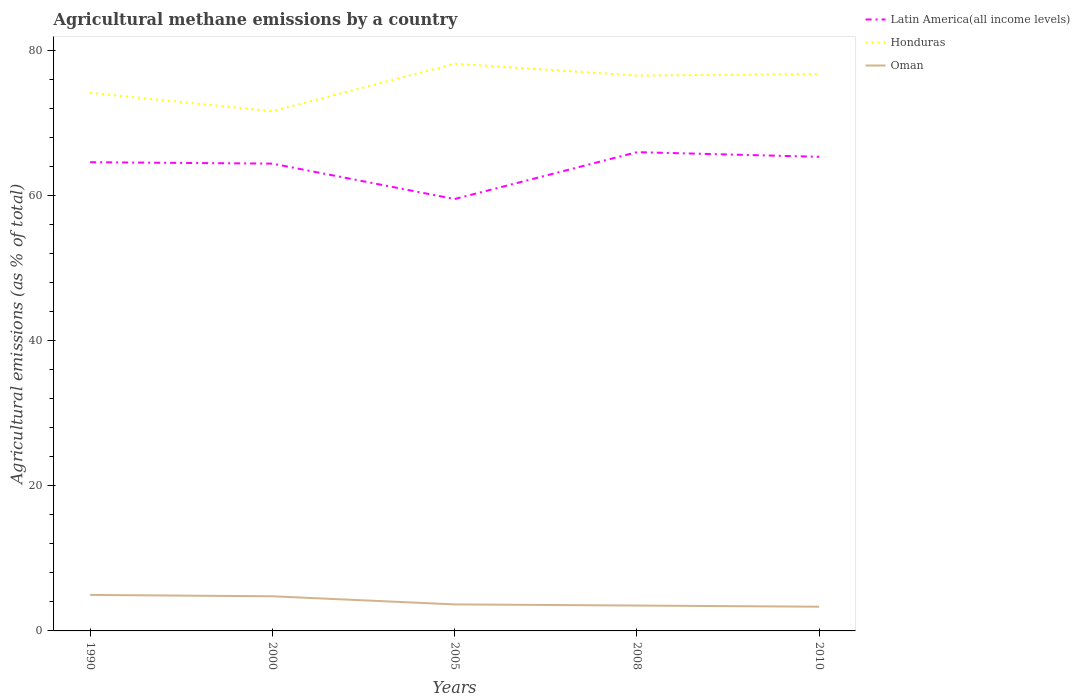
| Years | Latin America(all income levels) | Honduras | Oman |
 | --- | --- | --- | --- |
 | 1990 | 64.6 | 74.2 | 4.97 |
 | 2000 | 64.4 | 71.7 | 4.78 |
 | 2005 | 59.6 | 78.2 | 3.66 |
 | 2008 | 66 | 76.6 | 3.5 |
 | 2010 | 65.4 | 76.8 | 3.34 |